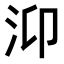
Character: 𭯹